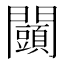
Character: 𨷩